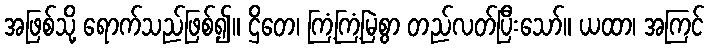
အဖြစ်သို့ ရောက်သည်ဖြစ်၍။ ဌိတေ၊ ကြံ့ကြံ့မြဲစွာ တည်လတ်ပြီးသော်။ ယထာ၊ အကြင်